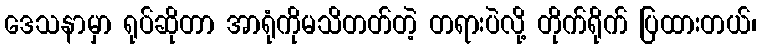
ဒေသနာမှာ ရုပ်ဆိုတာ အာရုံကိုမသိတတ်တဲ့ တရားပဲလို့ တိုက်ရိုက် ပြထားတယ်၊